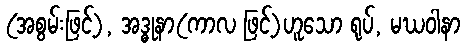
(အစွမ်းဖြင့်), အဒ္ဓုနာ(ကာလ ဖြင့်)ဟူသော ရုပ်, မဃဝါနာ